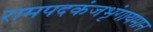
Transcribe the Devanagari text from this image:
रामपदकंजभृंगायमान